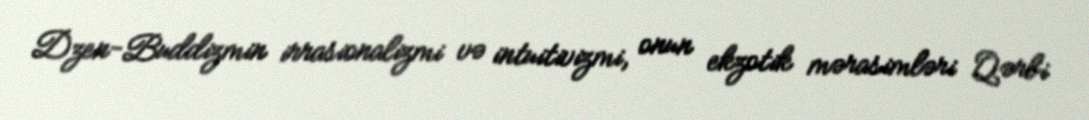
Dzen-Buddizmin irrasionalizmi və intuitivizmi, onun ekzotik mərasimləri Qərbi